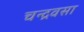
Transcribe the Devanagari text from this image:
चन्द्रवसा